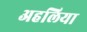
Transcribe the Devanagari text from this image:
अहलिया